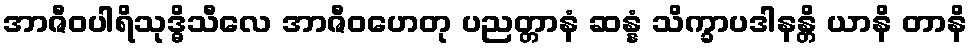
အာဇီဝပါရိသုဒ္ဓိသီလေ အာဇီဝဟေတု ပညတ္တာနံ ဆန္နံ သိက္ခာပဒါနန္တိ ယာနိ တာနိ